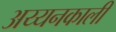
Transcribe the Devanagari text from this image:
अय्यनकाली